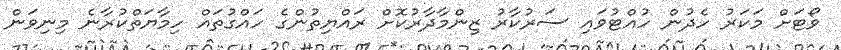
ވޯޓަށް މަކަރު ހެދުން ހުއްޓުވައި ސަރުކާރު ޒިންމާދާރުކޮށް ރައްޔިތުންގެ ހައްގުތައް ހިމާޔަތްކުރާނެ މިނިވަން